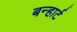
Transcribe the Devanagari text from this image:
बन्हार्ट